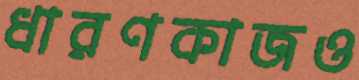
ধারণকাজও